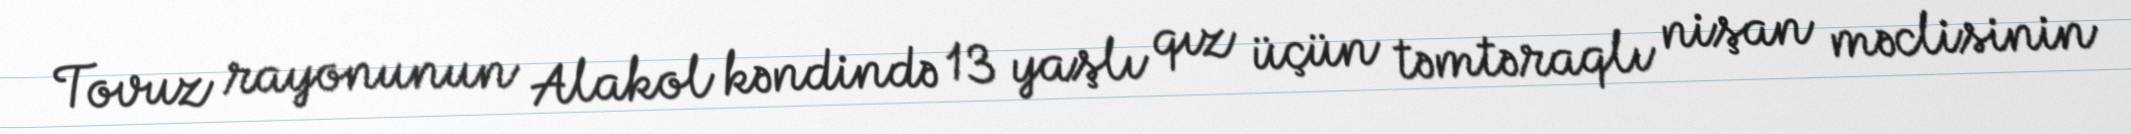
Tovuz rayonunun Alakol kəndində 13 yaşlı qız üçün təmtəraqlı nişan məclisinin